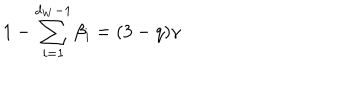
1 - \sum _ { i = 1 } ^ { d _ { W } - 1 } \beta _ { i } = ( 3 - q ) \gamma